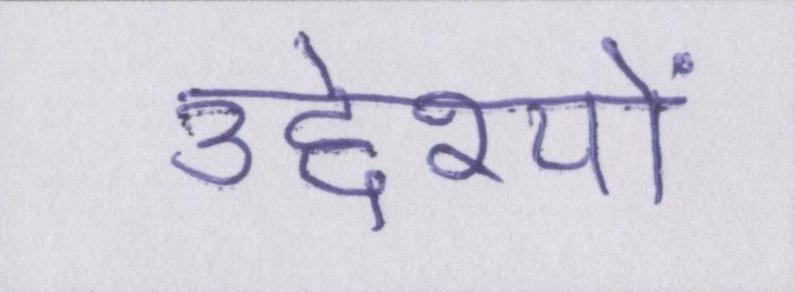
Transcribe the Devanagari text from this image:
उद्देश्यों